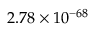
2 . 7 8 \times 1 0 ^ { - 6 8 }